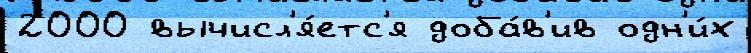
2000 вычисл'я́етс'я доба́в'ив одн'и́х